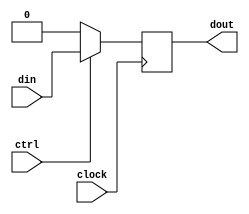
module gold (input clock, ctrl, din, output reg dout);
	always @(posedge clock) begin
		if (1'b1) begin
			if (1'b0) begin end else begin
				dout <= 0;
			end
			if (ctrl)
				dout <= din;
		end
	end
endmodule

module gate (input clock, ctrl, din, output reg dout);
	always @(posedge clock) begin
		if (1'b1) begin
			if (1'b0) begin end else begin
				dout <= 0;
			end
		end
		if (ctrl)
			dout <= din;
	end
endmodule